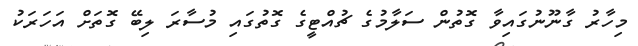
މިހާރު ގާނޫނުގައިވާ ގޮތުން ސަލާމުގެ ޗުއްޓީގެ ގޮތުގައި މުސާރަ ލިބޭ ގޮތަށް އަހަރަކު